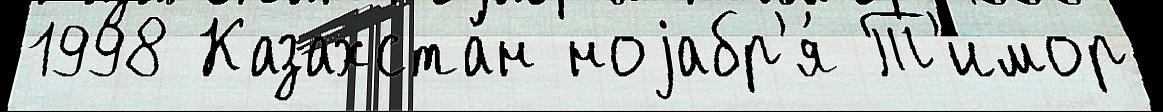
1998 Казахста́н ноjабр'я́ Т'имор